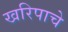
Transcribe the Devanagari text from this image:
खरिपाचे